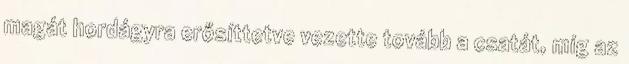
magát hordágyra erősíttetve vezette tovább a csatát, míg az